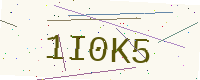
Text: 1I0K5